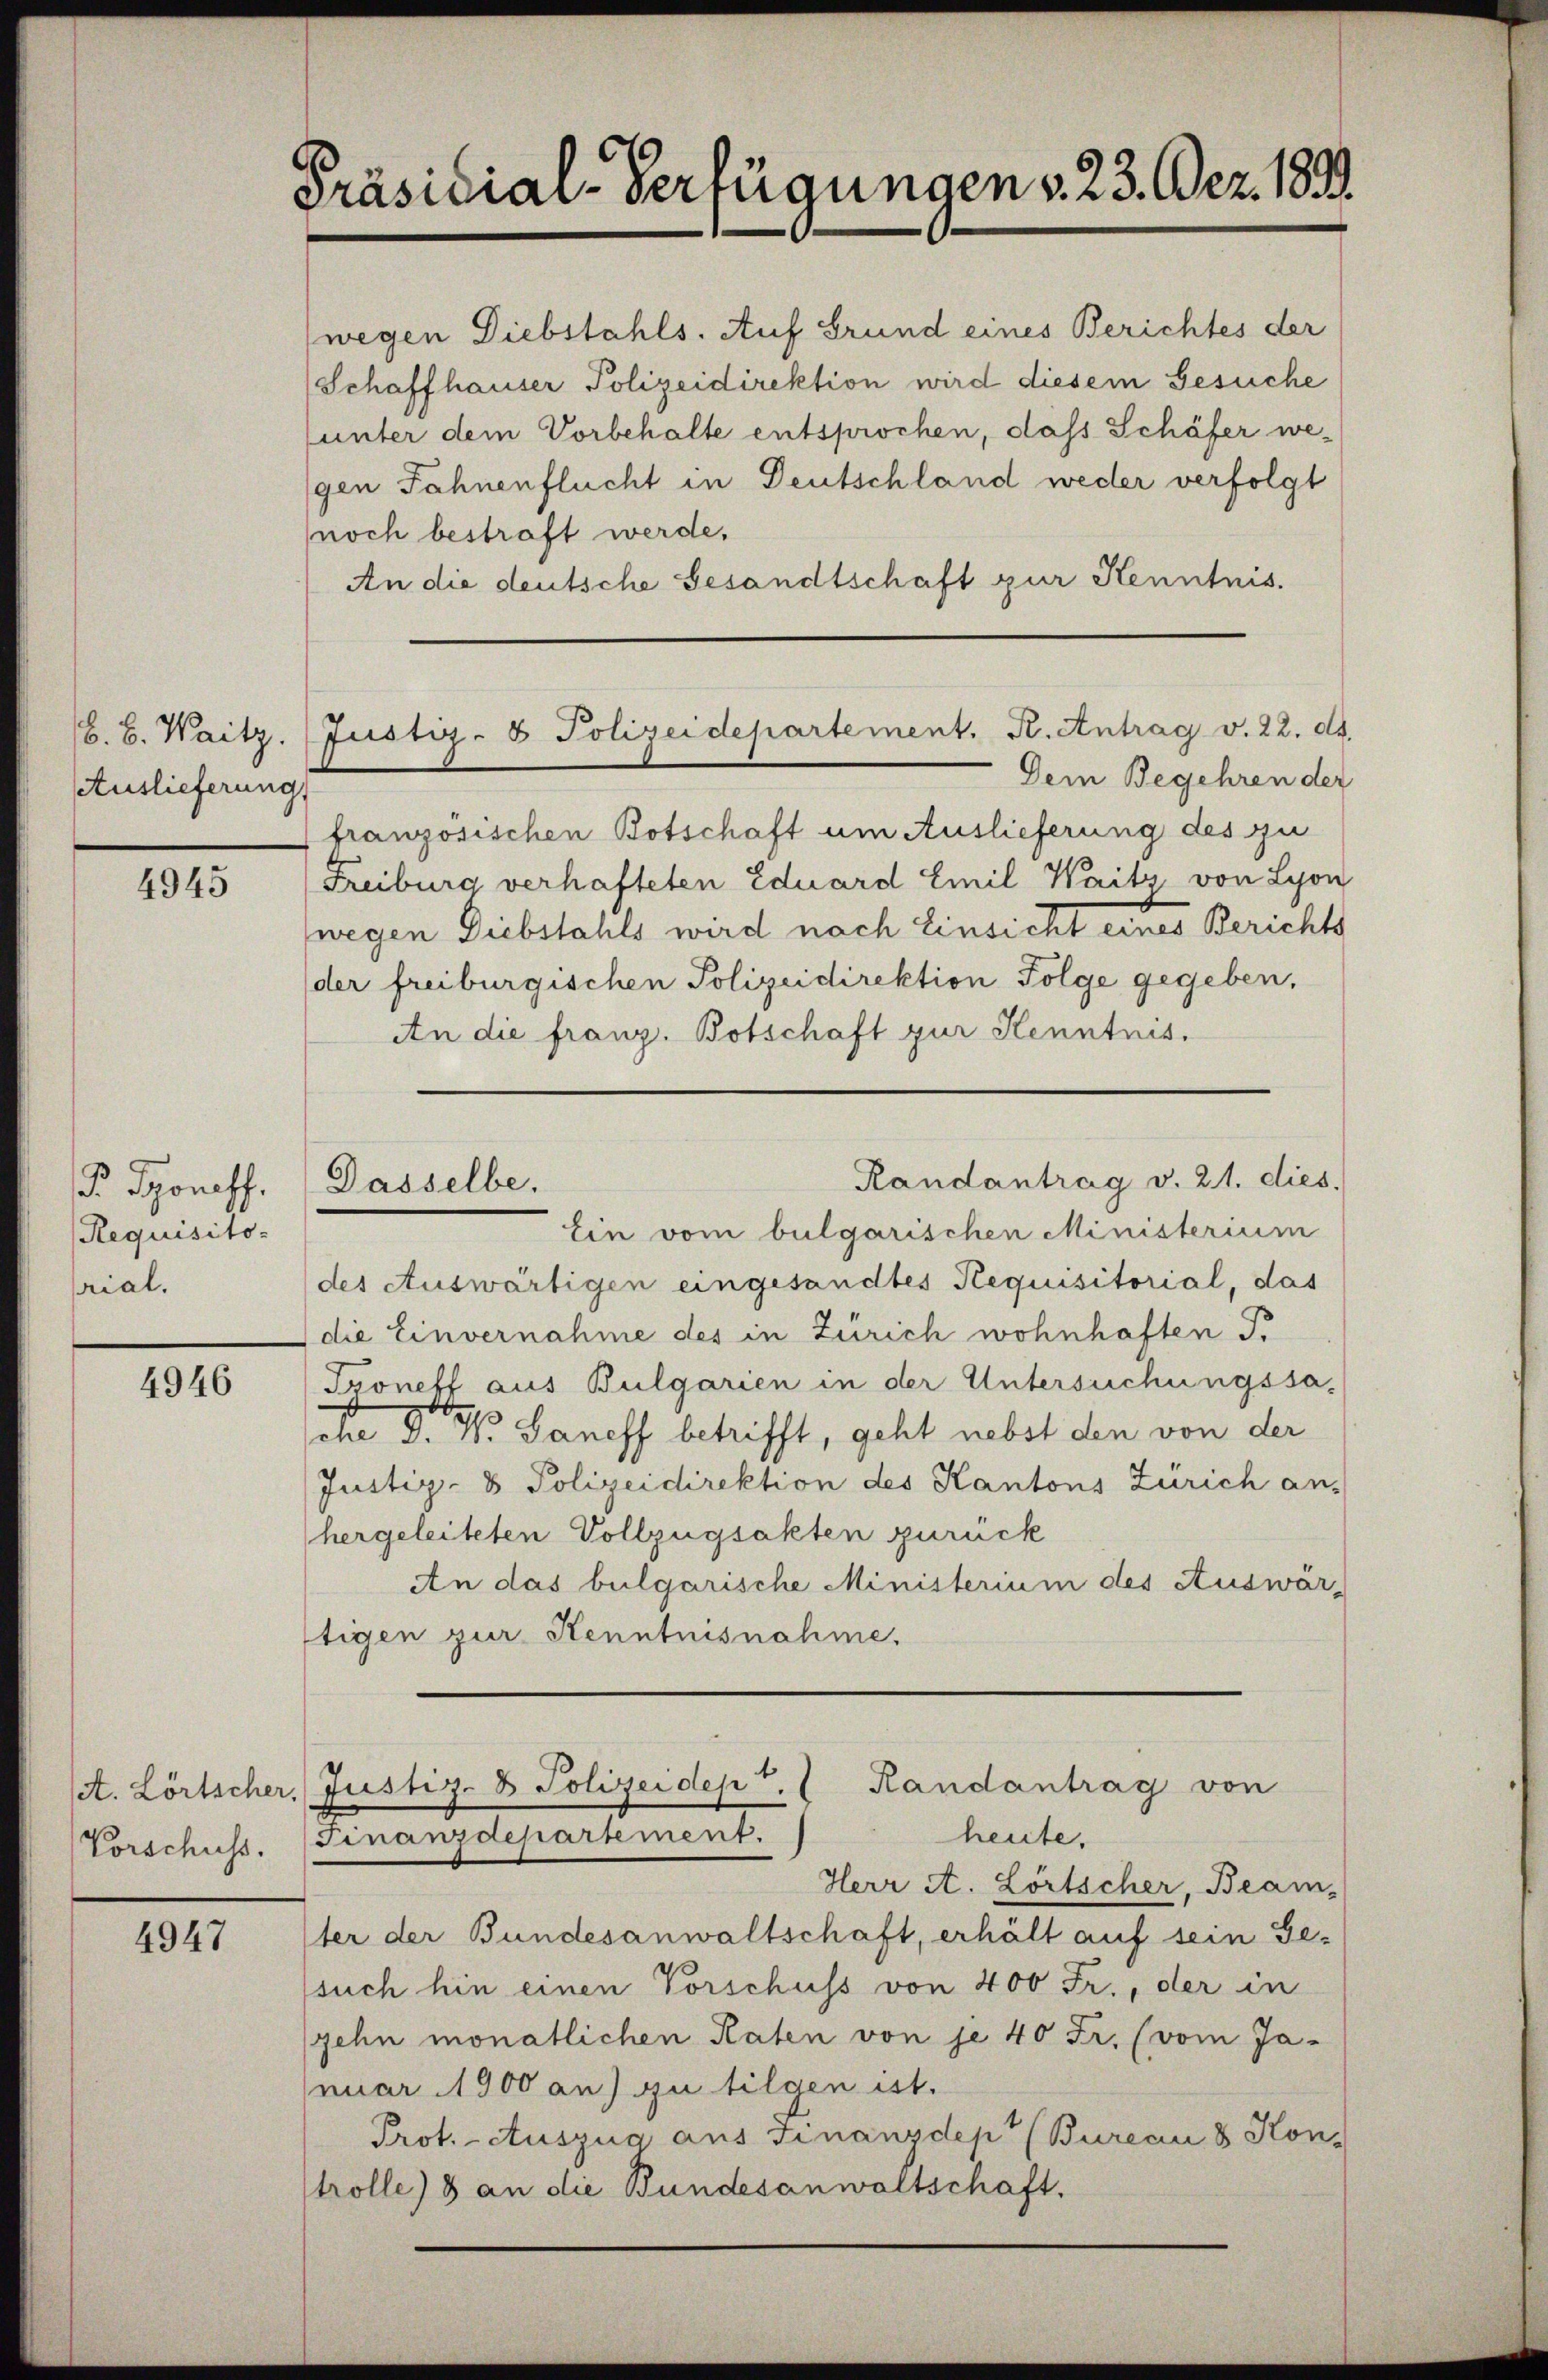
b. B. Waitz.
Auslieferung,

4945

P Toness.
Requisito-
rial.

4946

(A. Lörtscher,
Vorschuss.

4947

Präsidial-Verfügungen v. 23. Dez. 1890.

Justiz- & Polizeidepartement. K. Antrag v. 22. ds.

Dasselbe.

wegen Diebstahls. Auf Grund eines Berichtes der
(Schaffhauser Polizeidirektion wird diesem Gesuche
unter dem Vorbehalte entsprochen, das Schäfer we-
gen Fahnenflucht in Deutschland weder verfolgt
noch bestraft werde.
An die deutsche Gesandtschaft zur Kenntnis.
Dem Begehren der
französischen Botschaft um Auslieferung des zu
Freiburg verhafteten Eduard Emil Waitz, von Lyon
wegen Diebstahls wird nach Einsicht eines Berichts
der freiburgischen Polizeidirektion Folge gegeben,
An die franz. Botschaft zur Kenntnis.
Ein vom bulgarischen Ministerium
des Auswärtigen eingesandtes Requisitorial, das
die Einvernahme des in Zürich wohnhaften S.
Proneff aus Bulgarien in der Untersuchungssad Dr. Saneff betrifft, geht nebst den von der
Justiz- & Polizeidirektion des Kantons Zürich an-
(hergeleiteten Vollzügsakten zurück
An das bulgarische Ministerium des Auswär-
ftigen zur Kenntnisnahme.
Justiz- & Polizeidept. 1 Randantrag von
heute.
Finanzdepartement.
Herr A. Lörtscher, Beam-
ter der Bundesanwaltschaft, erhält auf sein Ge-
such hin einen Vorschuss von 400 Fr., der in
gehn monatlichen Raten von je 40 Fr. (vom Ja-
nuar 1900 an) zu tilgen ist.
Prot. - Auszug aus Finanzdep (Bureau & Kon
trolle) 8 an die Bundesanwaltschaft.

Randantrag v. 21. dies